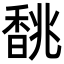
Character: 𩡂